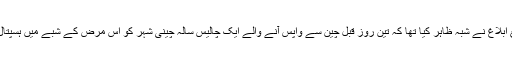
قبل ازیں جیو اور اے آر وائی نیوز سمیت مختلف ذرائع ابلاغ نے شبہ ظاہر کیا تھا کہ تین روز قبل چین سے واپس آنے والے ایک چالیس سالہ چینی شہر کو اس مرض کے شبے میں ہسپتال میں لایا گیا ہے جہاں وہ آئسولیشن میں زیرعلاج ہیں۔